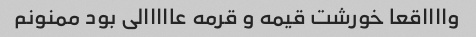
وااااقعا خورشت قیمه و قرمه عااااالی بود ممنونم